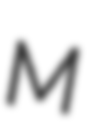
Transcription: M